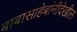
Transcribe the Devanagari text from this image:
बाबासाहेबांनीदेखील